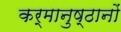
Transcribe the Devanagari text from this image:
कर्मानुष्ठानों